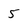
Character: 5